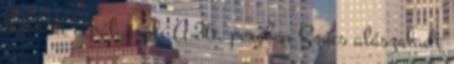
ment ki a pályáról. A 36. percben Szűcs alászaladt